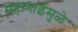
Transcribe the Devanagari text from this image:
महागाईमुळे